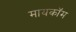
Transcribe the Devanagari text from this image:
मायकॉम